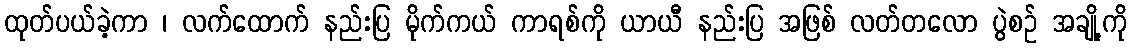
ထုတ်ပယ်ခဲ့ကာ ၊ လက်ထောက် နည်းပြ မိုက်ကယ် ကာရစ်ကို ယာယီ နည်းပြ အဖြစ် လတ်တလော ပွဲစဉ် အချို့ကို